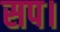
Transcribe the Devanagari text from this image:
सप।